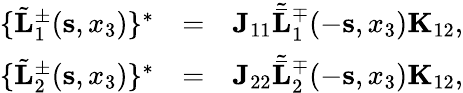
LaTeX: \begin{array}{rlr}{\{ \tilde{\mathbf L}_{1}^{\pm}({\mathbf s},x_{3})\} ^{*}}&{=}&{{\mathbf J}_{11}{\tilde{\bar{\mathbf L}}}_{1}^{\mp}(-{\mathbf s},x_{3}){\mathbf K}_{12},}\\ {\{ \tilde{\mathbf L}_{2}^{\pm}({\mathbf s},x_{3})\} ^{*}}&{=}&{{\mathbf J}_{22}{\tilde{\bar{\mathbf L}}}_{2}^{\mp}(-{\mathbf s},x_{3}){\mathbf K}_{12},}\end{array}